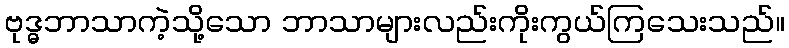
ဗုဒ္ဓဘာသာကဲ့သို့သော ဘာသာများလည်းကိုးကွယ်ကြသေးသည်။